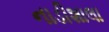
નાડીશાલા